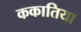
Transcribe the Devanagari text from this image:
ककातिया